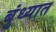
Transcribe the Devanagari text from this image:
बुंध्यात